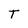
Character: T